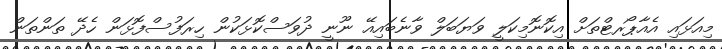
މިއަޅައި އެއާޕޯރޓްތަށް އިކޮނޮމިކަލީ ވަޔަބަލް ވާނެބައިއޭ ނޫނީ ދުވަސްކޮޅަކުން ހިރަފުސްފޮޅަން ހެދޭ ތަންތަން